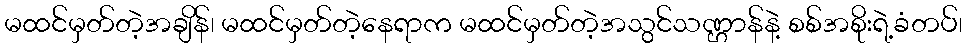
မထင်မှတ်တဲ့အချိန်၊ မထင်မှတ်တဲ့နေရာက မထင်မှတ်တဲ့အသွင်သဏ္ဌာန်နဲ့ စစ်အစိုးရဲ့ခံတပ်၊